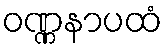
ဝဏ္ဏနာပထံ